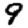
Digit: 9